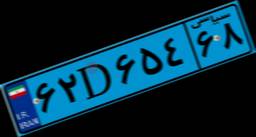
۶۲D۶۵۴۶۸